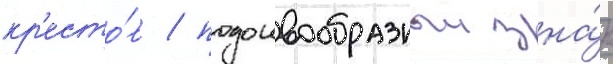
кр'есто́в / подошвообразныи зна́к